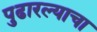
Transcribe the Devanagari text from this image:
पुढारल्याचा